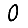
Digit: 0